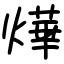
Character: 燁